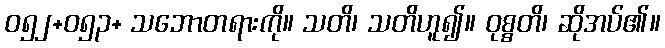
ဝ၅၂+၀၅၃+ သဘောတရားကို။ သတိ၊ သတိဟူ၍။ ဝုစ္စတိ၊ ဆိုအပ်၏။